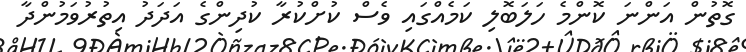
ގޮތުން އަންނަ ކޮންމެ ހަލަބޮލި ކަމެއްގައި ވެސް ކުށްކުރާ ކުދިންގެ އަދަދު އިތުރުވަމުންދާ